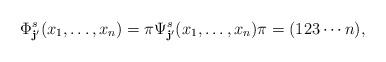
LaTeX: \begin{align*}\Phi_{\mathbf{j'}}^{s}(x_1,\ldots,x_{n})=\pi \Psi_{\mathbf{j}'}^{s}(x_1,\ldots,x_{n})\pi=(123\cdots n),\end{align*}